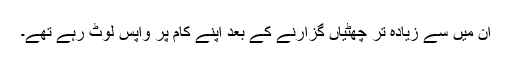
ان میں سے زیادہ تر چھٹیاں گزارنے کے بعد اپنے کام پر واپس لوٹ رہے تھے۔